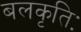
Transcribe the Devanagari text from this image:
बलकृतिः